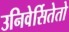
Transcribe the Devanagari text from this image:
उनिवेर्सितेतो